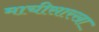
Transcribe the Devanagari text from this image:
माचीसारखा